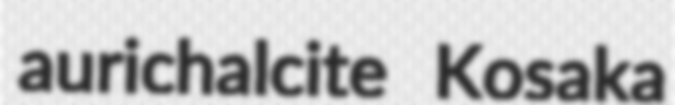
aurichalcite Kosaka